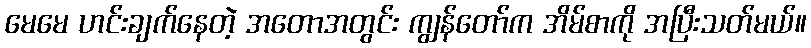
မေမေ ဟင်းချက်နေတဲ့ အတောအတွင်း ကျွန်တော်က အိမ်စာကို အပြီးသတ်မယ်။